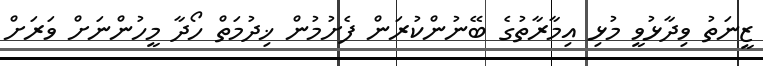
ޒީނަތު ވިދާޅުވީ މުޅި އިމާރާތުގެ ބޭނުންކުރަން ފެށުމުން ޚިދުމަތް ހޯދާ މީހުންނަށް ވަރަށް